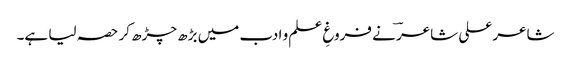
شاعر علی شاعرؔ نے فروغِ علم و ادب میں بڑھ چڑھ کر حصہ لیا ہے۔